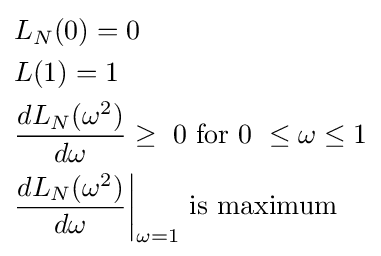
{\begin{aligned}&L_{N}(0)=0\\&L(1)=1\\&{dL_{N}(\omega ^{2}) \over d\omega }\geq {\text{ 0   for 0 }}\leq \omega \leq 1\\&{dL_{N}(\omega ^{2}) \over d\omega }{\biggr |}_{\omega =1}{\text{ is maximum}}\\\end{aligned}}